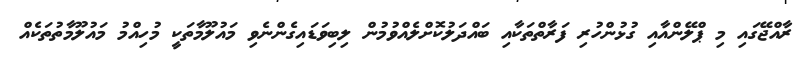
ރާއްޖޭގައި މި ޕްލޭންއާއި ގުޅުންހުރި ފަރާތްތަކާއި ބައްދަލުކޮށްލެއްވުމުން ލިބިވަޑައިގެންނެވި މައުލޫމާތަކީ މުހިއްމު މައުލޫމާތުތަކެއް